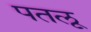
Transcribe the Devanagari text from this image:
पतलू